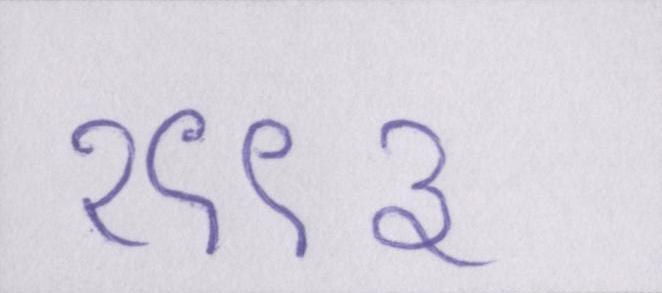
१९९३